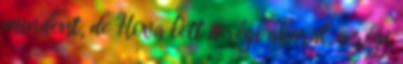
mindent, de Hova lett a régi akarat, a régi